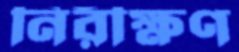
নিরীক্ষণ